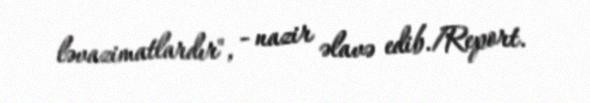
ləvazimatlardır", - nazir əlavə edib./Report.